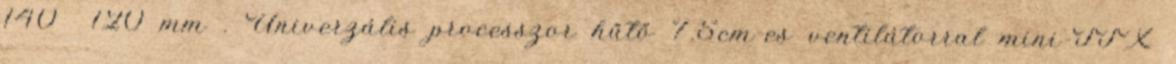
140 120 mm . Univerzális processzor hűtő 7.5cm-es ventilátorral mini-ITX